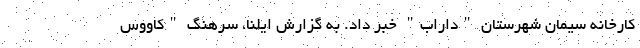
کارخانه سیمان شهرستان "داراب" خبر داد. به گزارش ایلنا، سرهنگ "کاووس